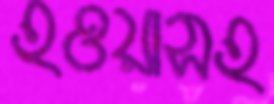
হওয়াসহ